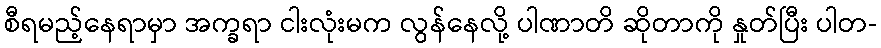
စီရမည့်နေရာမှာ အက္ခရာ ငါးလုံးမက လွန်နေလို့ ပါဏာတိ ဆိုတာကို နှုတ်ပြီး ပါတ-